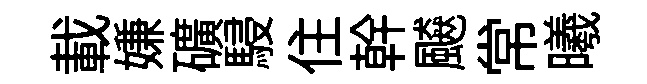
載嫌礦駸住幹飇常曦